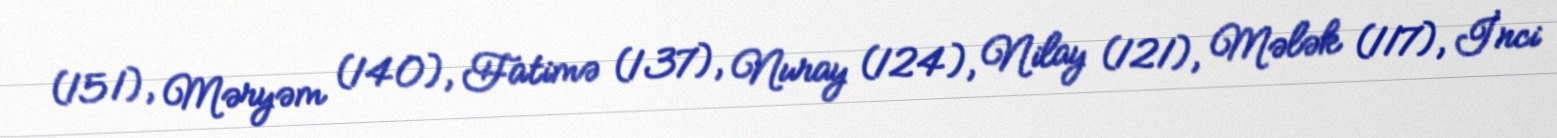
(151), Məryəm (140), Fatimə (137), Nuray (124), Nilay (121), Mələk (117), İnci